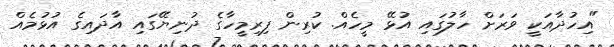
"އިހުދާއަކީ ވަރަށް ހާލުގައި އުޅޭ މީހެއް. ކުރިން ފިރިމީހާގެ ދުނިޔޭގައި އާދައިގެ އުޅުމެއް